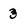
Character: 3